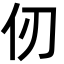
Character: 仞